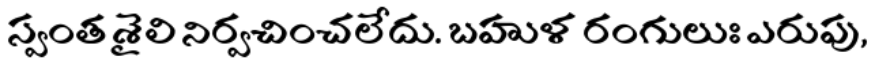
స్వంత శైలి నిర్వచించలేదు. బహుళ రంగులుః ఎరుపు,